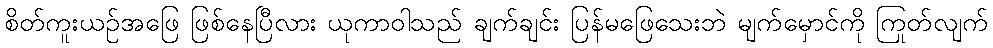
စိတ်ကူးယဉ်အဖြေ ဖြစ်နေပြီလား ယုကာဝါသည် ချက်ချင်း ပြန်မဖြေသေးဘဲ မျက်မှောင်ကို ကြုတ်လျက်